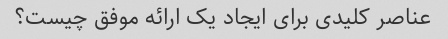
عناصر کلیدی برای ایجاد یک ارائه موفق چیست؟